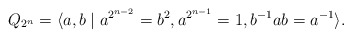
\begin{align*}Q_{2^n}=\langle a,b \mid a^{2^{n-2}}= b^2, a^{2^{n-1}}=1, b^{-1}ab=a^{-1}\rangle.\end{align*}